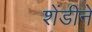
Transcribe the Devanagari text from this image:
शेंडीने